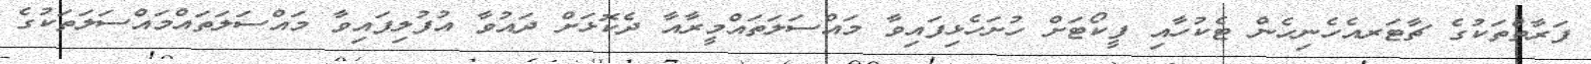
ފަރާތްތަކުގެ ޗާޓަރއެހެނިހެން ޓެކުހާއި ފީކޯޓަށް ހުށަހެޅިފައިވާ މައްސަލަތައްމީރާއާ ދެކޮޅަށް ދައުވާ އުފުލިފައިވާ މައްސަލަތައްމައްސަލަތަކުގެ